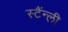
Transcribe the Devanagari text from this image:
स्टैंन्ली